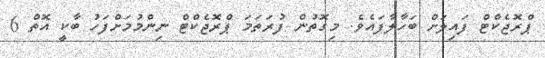
ޕްރޮޖެކްޓް ފައިލަށް ބަހާލާފައެވެ. މިގޮތުން ފުރަތަމަ ޕްރޮޖެކްޓް ނިންމުމަށްފަހު ބާކީ އޮތް 6